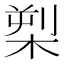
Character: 𪲫